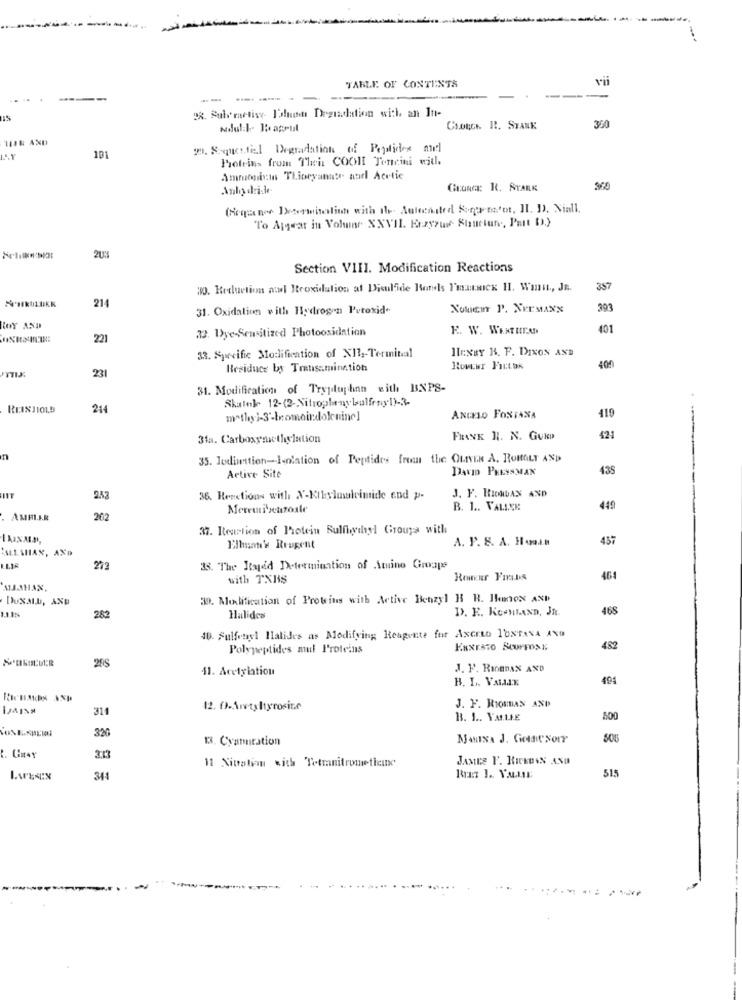
vii
TABLE OF CONTENTS
-- -- -
22. Suly mactise- P'lund Degradation with an In-
Adutch. Jagout
CLORCK. R. STANK
360
IHR AND
2. Spiestil Degradation of Peptides and
101
Proteins from Their COOH Toncini will.
Ammonia TLineyannte anel Acetic
Anlo driste-
Groura: R. STARK
To Appear in Volar XXVII. Erzyzune Structure, Part D.)
203
Section VIII. Modification Reactions
30. Kedluction al Iteoxidation af Disulfide Ronds I'mamex HI. Win ., JE.
357
214
31. Oxidation with Hydrogen Peroxide
Noten P. NEEMAXX
393
ROY AND
32. Dye-Sensitized Photooxidation
E. W. WERTHEAD
401
221
33. Specific Modification of X112-Terminal
HIENBY B. F. DIXON AND
23
Residuce by Transamination
400
31. Modification of Tryptophan with BNPS-
Skatek 12-(2-Nitroplenybalfeny1)-3-
REINJIOLD
211
ANGELO FONTANA
419
31a. Carboxymethylation
FRANK I. N. GUID
424
n
35. Iodination-Isolation of Peptides from the OLIVER A. ROHALT AND
DAVID PRESSMAN
435
Active Site
36. Reactions with X-Kilylasalvimide end p-
J. F. RICHMAN AND
Meremixazoale
B. 1 .. VALLEN
449
. AMFI.A.R
202
37. Iteurtion of Protein Sulfloydhey! Groups with
A. P. S. A. Hoo ...
437
:ALLAHIAN, AND
Elhan's Reugent
272
38. The Itaged Determination of Amine Graps
with TXHS
Rower Friss
464
DUSALU, AND
39. Modification of Proteins with Active Benzyl H R. Hemos AND
D. R. KOMMLAND, JR.
468
282
Halides
40. Sulfenel Halides as Modifying; Reagente for AxcrLo T'UNTANA ANO
Polypeptides mul Proteins
ERNESTO SCUFFONE
482
20S
11. Acetylation
J. P. RIGEDAX AND
B. L. VALLE
494
311
J. F. RIOUMAN AND
B. 1 .. VALLE
800
320
13. Cyantation
MANISA J. Gotasorr
JAMES F. RICKUNS AND
11 Nioation with Totmanitromethemne
515
341
-